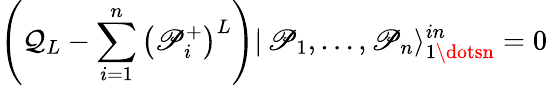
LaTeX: \left(\mathcal{Q}_{L}-\sum_{i=1}^{n}\left(\mathscr{P}_{i}^{+}\right)^{L}\right)|\, \mathscr{P}_{1},\dots,\mathscr{P}_{n}\rangle_{1\dotsn}^{in}=0